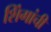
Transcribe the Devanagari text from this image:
शिंगांची